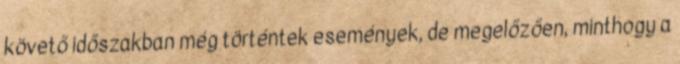
követő időszakban még történtek események, de megelőzően, minthogy a